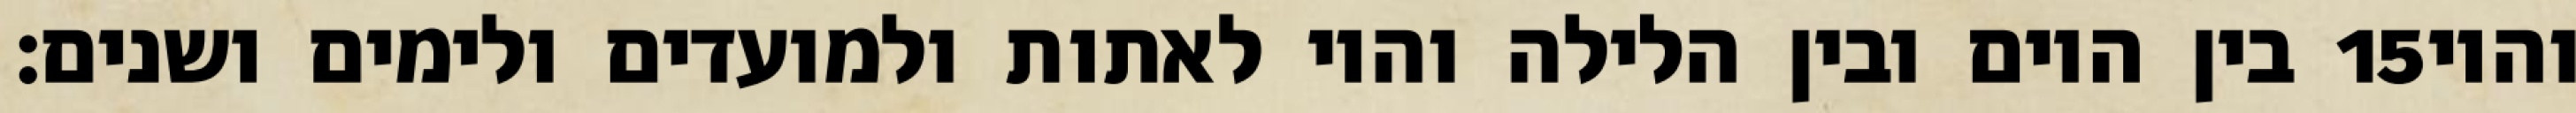
בין היום ובין הלילה והיו לאתות ולמועדים ולימים ושנים׃ ‎15‏ והיו